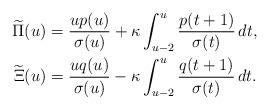
LaTeX: \begin{align*}\begin{aligned}\widetilde{\Pi}(u)&=\frac{up(u)}{\sigma(u)}+\kappa\int_{u-2}^u\frac{p(t+1)}{\sigma(t)}\,dt,\\\widetilde{\Xi}(u)&=\frac{uq(u)}{\sigma(u)}-\kappa\int_{u-2}^u\frac{q(t+1)}{\sigma(t)}\,dt.\end{aligned}\end{align*}